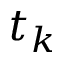
t _ { k }